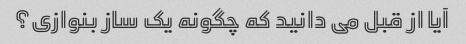
آیا از قبل می دانید که چگونه یک ساز بنوازی؟